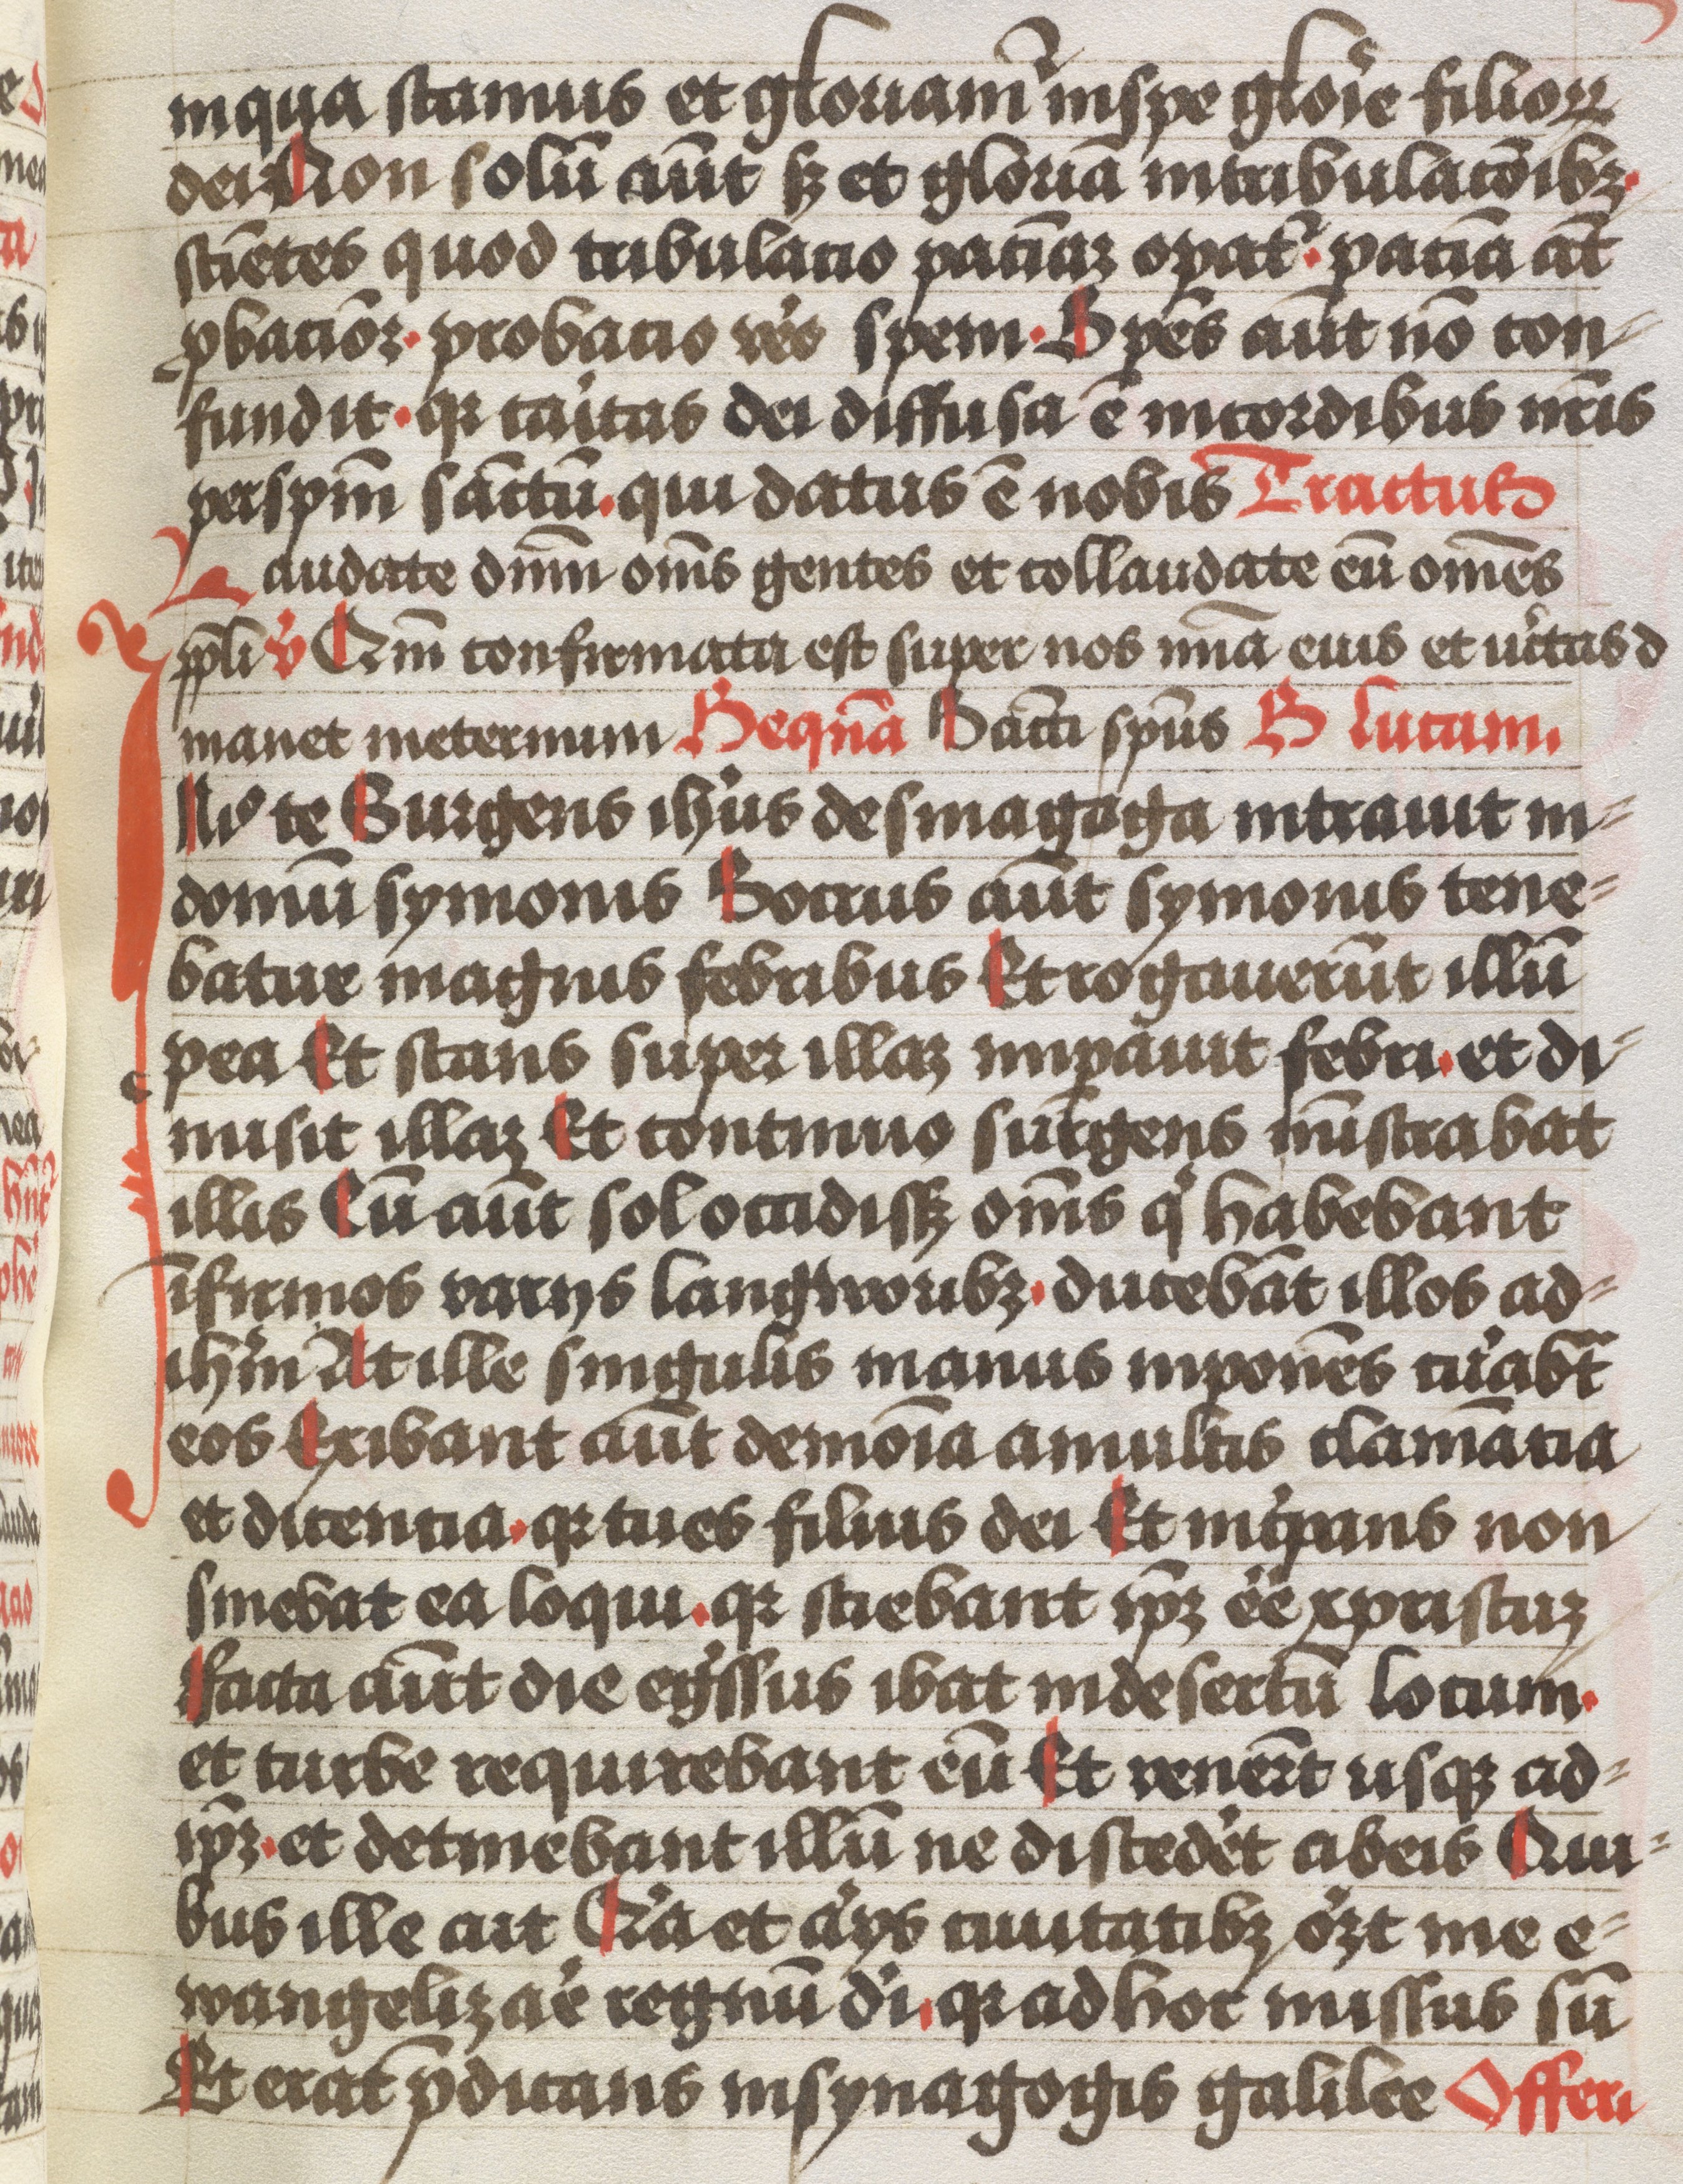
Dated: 1483–1483